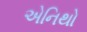
એનિથો